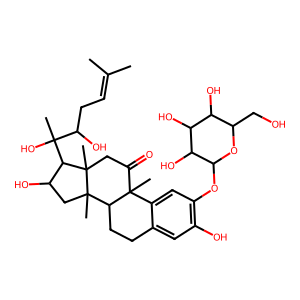
SMILES: CC(C)=CCC(O)C(C)(O)C1C(O)CC2(C)C3CCc4cc(O)c(OC5OC(CO)C(O)C(O)C5O)cc4C3(C)C(=O)CC12C
Inhibits HIV replication: No